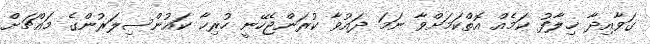
ގަވާއިދާ ޚިލާފު ކަމެއް އޮތްކަމަށްވާ ނަމަ ދައުވާ ކުރަންޖެހޭނީ ހުރިހާ ކައުންސިލަރުންގެ މައްޗަށް